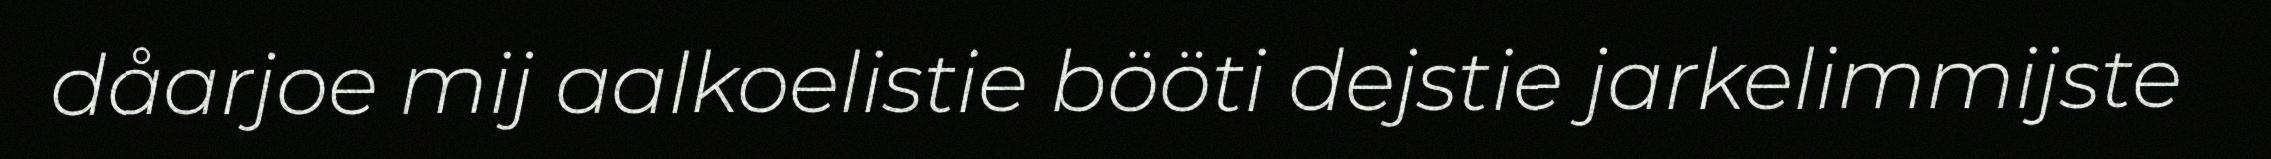
dåarjoe mij aalkoelistie bööti dejstie jarkelimmijste